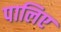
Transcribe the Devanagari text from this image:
पालिए